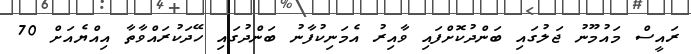
ރައީސް މައުމޫނު ޖަލުގައި ބަންދުކޮށްފައި ވާއިރު އެމަނިކުފާނު ބަންދުގައި ހޭދަކުރައްވާތާ އިއްޔެއަށް 70